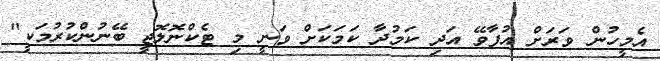
އެމީހުން ވަރަށް އުފާވޭ އަދި ކަމުދާ ކަމަކަށް ވަނީ މި ޓެކްނޮލޮޖީ ބޭނުންކުރުމަކީ"